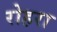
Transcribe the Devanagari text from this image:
रोहरा